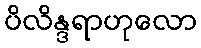
ပိလိန္ဒရာဟုလော